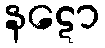
နဋော